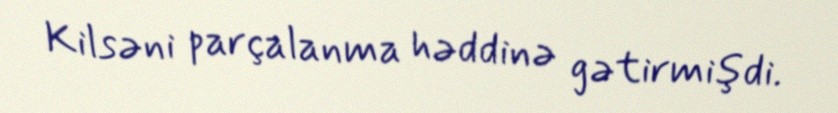
Kilsəni parçalanma həddinə gətirmişdi.